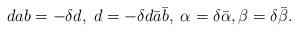
LaTeX: \begin{align*}dab=-\delta d,\; d=-\delta d\bar a\bar b,\;\alpha=\delta\bar \alpha, \beta=\delta \bar\beta.\end{align*}